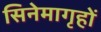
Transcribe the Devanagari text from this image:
सिनेमागृहों